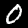
Label: 0